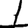
Digit: 1